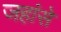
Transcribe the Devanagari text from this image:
जहांसे